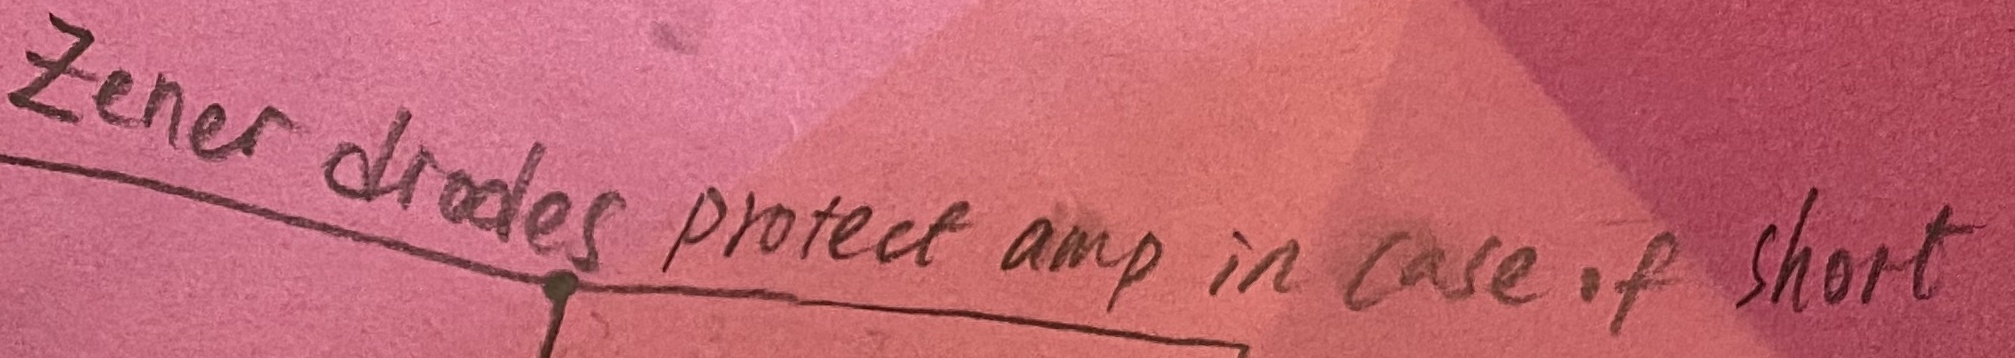
Text: zener diodes protect amp in case of short